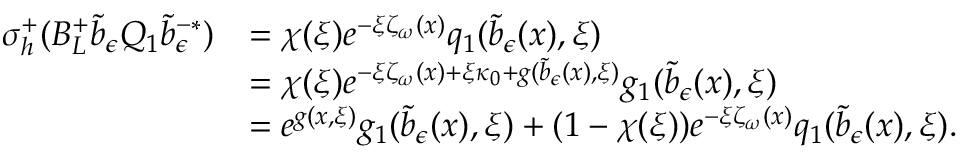
\begin{array} { r l } { \sigma _ { h } ^ { + } ( B _ { L } ^ { + } \tilde { b } _ { \epsilon } Q _ { 1 } \tilde { b } _ { \epsilon } ^ { - * } ) } & { = \chi ( \xi ) e ^ { - \xi \zeta _ { \omega } ( x ) } q _ { 1 } ( \tilde { b } _ { \epsilon } ( x ) , \xi ) } \\ & { = \chi ( \xi ) e ^ { - \xi \zeta _ { \omega } ( x ) + \xi \kappa _ { 0 } + g ( \tilde { b } _ { \epsilon } ( x ) , \xi ) } g _ { 1 } ( \tilde { b } _ { \epsilon } ( x ) , \xi ) } \\ & { = e ^ { g ( x , \xi ) } g _ { 1 } ( \tilde { b } _ { \epsilon } ( x ) , \xi ) + ( 1 - \chi ( \xi ) ) e ^ { - \xi \zeta _ { \omega } ( x ) } q _ { 1 } ( \tilde { b } _ { \epsilon } ( x ) , \xi ) . } \end{array}